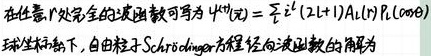
在任意 \(r\) 处完全的波函数可写为 \(\Psi^{l}(r)=\frac{r^{l}}{2^{l}l!}(2l + 1)A_{l}(r)P_{l}(\cos\theta)\)。球坐标下，由粒子 Schrödinger 方程径向波函数的解为